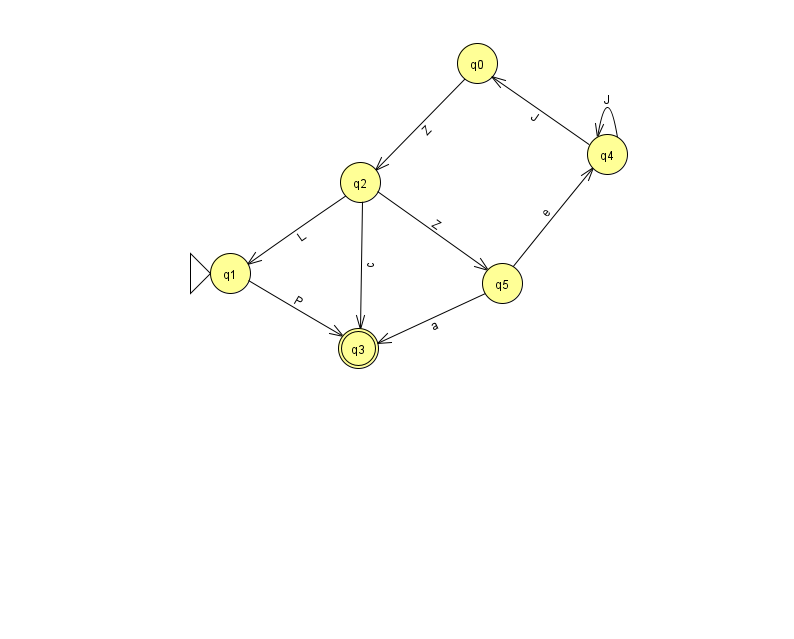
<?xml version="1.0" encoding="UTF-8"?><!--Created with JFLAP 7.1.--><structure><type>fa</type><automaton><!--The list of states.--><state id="0" name="q0"><x>477.0</x><y>50.0</y></state><state id="1" name="q1"><x>230.0</x><y>260.0</y><initial/></state><state id="2" name="q2"><x>360.0</x><y>169.0</y></state><state id="3" name="q3"><x>358.0</x><y>335.0</y><final/></state><state id="4" name="q4"><x>607.0</x><y>141.0</y></state><state id="5" name="q5"><x>502.0</x><y>270.0</y></state><!--The list of transitions.--><transition><from>2</from><to>1</to><read>L</read></transition><transition><from>2</from><to>3</to><read>c</read></transition><transition><from>5</from><to>4</to><read>e</read></transition><transition><from>2</from><to>5</to><read>Z</read></transition><transition><from>4</from><to>0</to><read>J</read></transition><transition><from>0</from><to>2</to><read>Z</read></transition><transition><from>4</from><to>4</to><read>J</read></transition><transition><from>1</from><to>3</to><read>P</read></transition><transition><from>5</from><to>3</to><read>a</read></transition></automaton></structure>